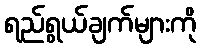
ရည်ရွယ်ချက်များကို